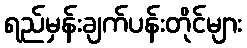
ရည်မှန်းချက်ပန်းတိုင်များ